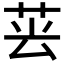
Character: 𦮚